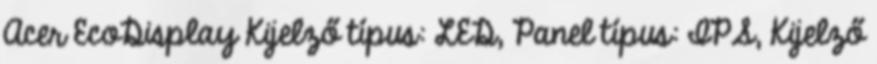
Acer EcoDisplay Kijelző típus: LED, Panel típus: IPS, Kijelző